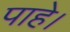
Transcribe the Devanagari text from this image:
पाहे।